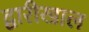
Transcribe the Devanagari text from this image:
द्वारीखाल